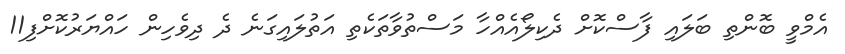
އެމްވީ ބޮންތި ބަލައި ފާސްކޮށް ދެކިލޯއެއްހާ މަސްތުވާތަކެތި އަތުލައިގަނެ ދެ ދިވެހިން ހައްޔަރުކޮށްފި11